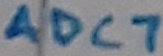
Text: ADC7